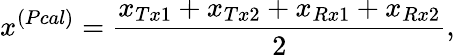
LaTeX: x^{(Pcal)}=\frac{x_{Tx1}+x_{Tx2}+x_{Rx1}+x_{Rx2}}{2},